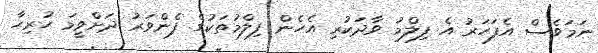
ނަމަވެސް އެފަހަރު އެ ފިލްމު ވާދަކުރި އެހެން ފިލްމުތަކުގެ ފެންވަރު ދަށްވީމަ ހުރިހާ